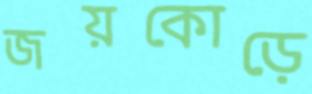
জয়কোড়ে